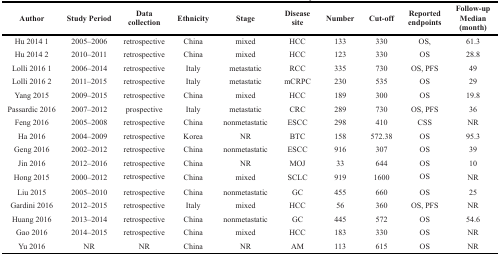
<table><thead><tr><td><b>Author</b></td><td><b>Study Period</b></td><td><b>Data collection</b></td><td><b>Ethnicity</b></td><td><b>Stage</b></td><td><b>Disease site</b></td><td><b>Number</b></td><td><b>Cut-off</b></td><td><b>Reported endpoints</b></td><td><b>Follow-up Median (month)</b></td></tr></thead><tbody><tr><td>Hu 2014 1</td><td>2005–2006</td><td>retrospective</td><td>China</td><td>mixed</td><td>HCC</td><td>133</td><td>330</td><td>OS,</td><td>61.3</td></tr><tr><td>Hu 2014 2</td><td>2010–2011</td><td>retrospective</td><td>China</td><td>mixed</td><td>HCC</td><td>123</td><td>330</td><td>OS</td><td>28.8</td></tr><tr><td>Lolli 2016 1</td><td>2006–2014</td><td>retrospective</td><td>Italy</td><td>metastatic</td><td>RCC</td><td>335</td><td>730</td><td>OS, PFS</td><td>49</td></tr><tr><td>Lolli 2016 2</td><td>2011–2015</td><td>retrospective</td><td>Italy</td><td>metastatic</td><td>mCRPC</td><td>230</td><td>535</td><td>OS</td><td>29</td></tr><tr><td>Yang 2015</td><td>2009–2015</td><td>retrospective</td><td>China</td><td>mixed</td><td>HCC</td><td>189</td><td>300</td><td>OS</td><td>19.8</td></tr><tr><td>Passardic 2016</td><td>2007–2012</td><td>prospective</td><td>Italy</td><td>metastatic</td><td>CRC</td><td>289</td><td>730</td><td>OS, PFS</td><td>36</td></tr><tr><td>Feng 2016</td><td>2005–2008</td><td>retrospective</td><td>China</td><td>nonmetastatic</td><td>ESCC</td><td>298</td><td>410</td><td>CSS</td><td>NR</td></tr><tr><td>Ha 2016</td><td>2004–2009</td><td>retrospective</td><td>Korea</td><td>NR</td><td>BTC</td><td>158</td><td>572.38</td><td>OS</td><td>95.3</td></tr><tr><td>Geng 2016</td><td>2002–2012</td><td>retrospective</td><td>China</td><td>nonmetastatic</td><td>ESCC</td><td>916</td><td>307</td><td>OS</td><td>39</td></tr><tr><td>Jin 2016</td><td>2012–2016</td><td>retrospective</td><td>China</td><td>NR</td><td>MOJ</td><td>33</td><td>644</td><td>OS</td><td>10</td></tr><tr><td>Hong 2015</td><td>2000–2012</td><td>retrospective</td><td>China</td><td>mixed</td><td>SCLC</td><td>919</td><td>1600</td><td>OS</td><td>NR</td></tr><tr><td>Liu 2015</td><td>2005–2010</td><td>retrospective</td><td>China</td><td>nonmetastatic</td><td>GC</td><td>455</td><td>660</td><td>OS</td><td>25</td></tr><tr><td>Gardini 2016</td><td>2012–2015</td><td>retrospective</td><td>Italy</td><td>mixed</td><td>HCC</td><td>56</td><td>360</td><td>OS, PFS</td><td>NR</td></tr><tr><td>Huang 2016</td><td>2013–2014</td><td>retrospective</td><td>China</td><td>nonmetastatic</td><td>GC</td><td>445</td><td>572</td><td>OS</td><td>54.6</td></tr><tr><td>Gao 2016</td><td>2014–2015</td><td>retrospective</td><td>China</td><td>mixed</td><td>HCC</td><td>183</td><td>330</td><td>OS</td><td>NR</td></tr><tr><td>Yu 2016</td><td>NR</td><td>NR</td><td>China</td><td>NR</td><td>AM</td><td>113</td><td>615</td><td>OS</td><td>NR</td></tr></tbody></table>